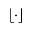
\lfloor \cdot \rfloor